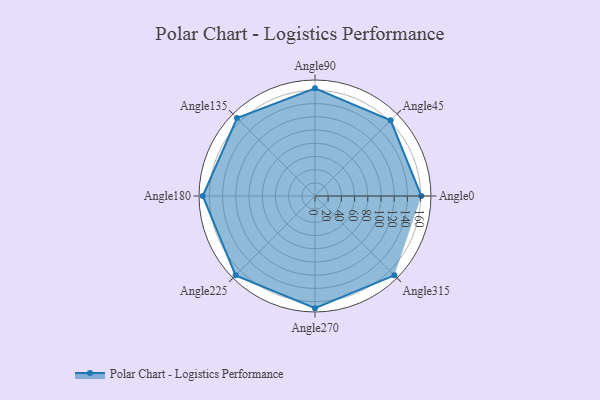
{"axis": {"x": "Angle", "y": "Radius"}, "legend": [""], "data": [{"x": "Angle0", "y": 161.0, "type": ""}, {"x": "Angle45", "y": 162.0, "type": ""}, {"x": "Angle90", "y": 163.0, "type": ""}, {"x": "Angle135", "y": 167.0, "type": ""}, {"x": "Angle180", "y": 170, "type": ""}, {"x": "Angle225", "y": 170, "type": ""}, {"x": "Angle270", "y": 170, "type": ""}, {"x": "Angle315", "y": 170, "type": ""}]}